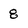
Character: 8